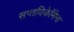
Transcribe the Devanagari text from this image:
सप्तधिकाॅेमेना